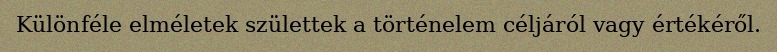
Különféle elméletek születtek a történelem céljáról vagy értékéről.